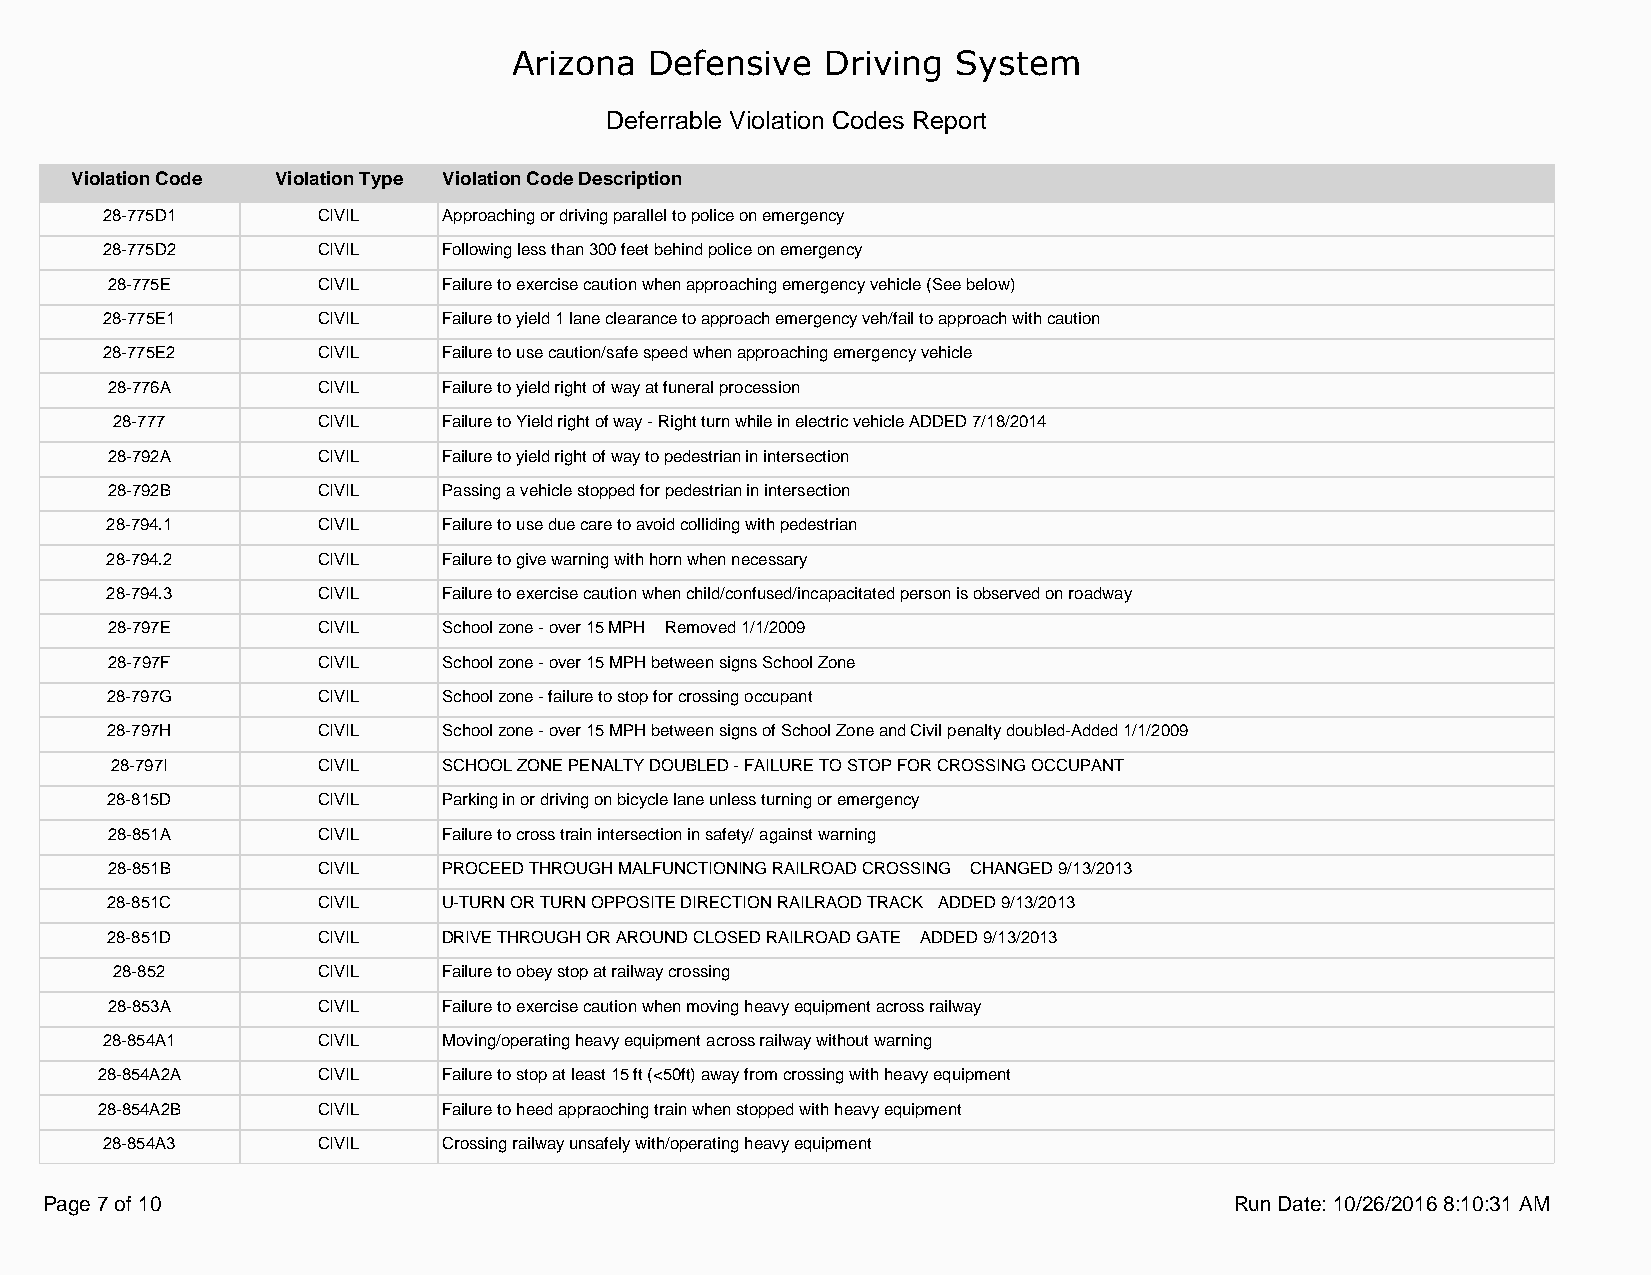
Arizona  Defensive   Driving System
 Deferrable Violation Codes Report
 Violation Code Violation Type Violation Code Description
 28-775D1      CIVIL   Approaching or driving parallel to police on emergency
 28-775D2      CIVIL   Following less than 300 feet behind police on emergency
 28-775E       CIVIL   Failure to exercise caution when approaching emergency vehicle (See below)
 28-775E1      CIVIL   Failure to yield 1 lane clearance to approach emergency veh/fail to approach with caution
 28-775E2      CIVIL   Failure to use caution/safe speed when approaching emergency vehicle
 28-776A       CIVIL   Failure to yield right of way at funeral procession
 28-777        CIVIL   Failure to Yield right of way - Right turn while in electric vehicle ADDED 7/18/2014
 28-792A       CIVIL   Failure to yield right of way to pedestrian in intersection
 28-792B       CIVIL   Passing a vehicle stopped for pedestrian in intersection
 28-794.1      CIVIL   Failure to use due care to avoid colliding with pedestrian
 28-794.2      CIVIL   Failure to give warning with horn when necessary
 28-794.3      CIVIL   Failure to exercise caution when child/confused/incapacitated person is observed on roadway
 28-797E       CIVIL   School zone - over 15 MPH Removed 1/1/2009
 28-797F       CIVIL   School zone - over 15 MPH between signs School Zone
 28-797G       CIVIL   School zone - failure to stop for crossing occupant
 28-797H       CIVIL   School zone - over 15 MPH between signs of School Zone and Civil penalty doubled-Added 1/1/2009
 28-797I       CIVIL   SCHOOL ZONE PENALTY DOUBLED - FAILURE TO STOP FOR CROSSING OCCUPANT
 28-815D       CIVIL   Parking in or driving on bicycle lane unless turning or emergency
 28-851A       CIVIL   Failure to cross train intersection in safety/ against warning
 28-851B       CIVIL   PROCEED THROUGH MALFUNCTIONING RAILROAD CROSSING CHANGED 9/13/2013
 28-851C       CIVIL   U-TURN OR TURN OPPOSITE DIRECTION RAILRAOD TRACK ADDED 9/13/2013
 28-851D       CIVIL   DRIVE THROUGH OR AROUND CLOSED RAILROAD GATE ADDED 9/13/2013
 28-852        CIVIL   Failure to obey stop at railway crossing
 28-853A       CIVIL   Failure to exercise caution when moving heavy equipment across railway
 28-854A1      CIVIL   Moving/operating heavy equipment across railway without warning
 28-854A2A      CIVIL   Failure to stop at least 15 ft (<50ft) away from crossing with heavy equipment
 28-854A2B      CIVIL   Failure to heed appraoching train when stopped with heavy equipment
 28-854A3      CIVIL   Crossing railway unsafely with/operating heavy equipment
 Page 7 of 10                                                                   Run Date: 10/26/2016 8:10:31 AM